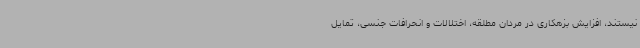
نیستند، افزایش بزهکاری در مردان مطلقه، اختلالات و انحرافات جنسی، تمایل